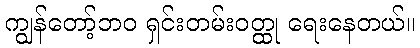
ကျွန်တော့်ဘဝ ရှင်းတမ်းဝတ္ထု ရေးနေတယ်။